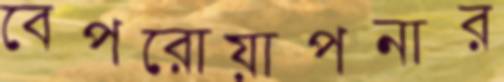
বেপরোয়াপনার